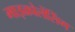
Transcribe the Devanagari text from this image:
माइक्रोलेंसिंग